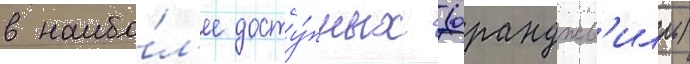
в наибо́л'ее досту́пных (оранджв'илль)